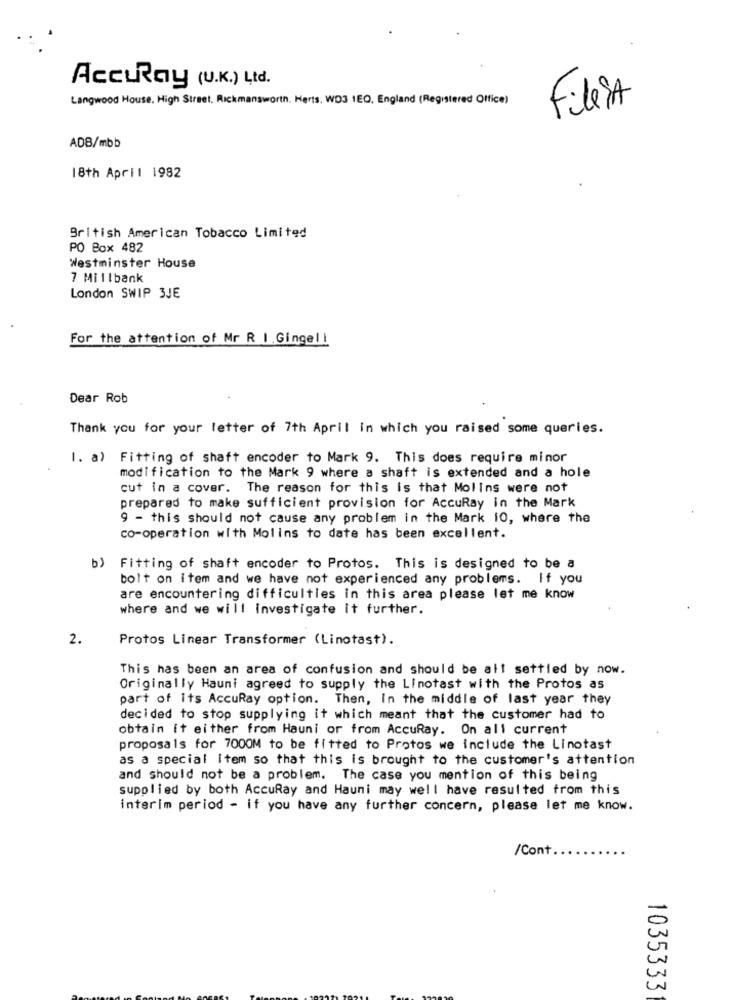
AccuRay (U.K.) Ltd.
Langwood House. High Street, Rickmansworth. Herts. WD3 1EQ, England (Registered Office)
FiliSA
ADB/mbb
18th April 1982
British American Tobacco Limited
PO Box 482
Westminster House
7 Millbank
London SWIP 3JE
For the attention of Mr R I.Gingel!
Dear Rob
Thank you for your letter of 7th April in which you raised some queries.
1. a) Fitting of shaft encoder to Mark 9. This does require minor
modification to the Mark 9 where a shaft is extended and a hole
cut in a cover. The reason for this is that Molins were not
prepared to make sufficient provision for AccuRay in the Mark
9 - this should not cause any problem in the Mark 10, where the
co-operation with Molins to date has been excellent.
b) Fitting of shaft encoder to Protos. This is designed to be a
bolt on item and we have not experienced any problems. If you
are encountering difficulties in this area please let me know
where and we will investigate it further.
2.
Protos Linear Transformer (Linotast).
This has been an area of confusion and should be all settled by now.
Originally Hauni agreed to supply the Linotast with the Protos as
part of its AccuRay option. Then, In the middle of last year they
decided to stop supplying it which meant that the customer had to
obtain it either from Hauni or from AccuRay. On all current
proposals for 7000M to be fitted to Protos we include the Linotast
as a special item so that this is brought to the customer's attention
and should not be a problem. The case you mention of this being
supplied by both AccuRay and Hauni may well have resulted from this
interim period - if you have any further concern, please let me know.
/Cont.
1035333